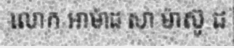
លោក អាម៉ាដ សា ម៉ាស៊ូ ដ